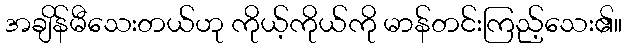
အချိန်မီသေးတယ်ဟု ကိုယ့်ကိုယ်ကို မာန်တင်းကြည့်သေး၏။